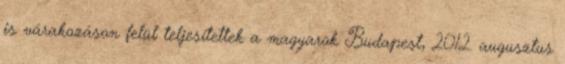
is várakozáson felül teljesítettek a magyarok Budapest, 2012. augusztus